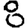
Digit: 8